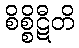
စိစ္စိဋီတိ